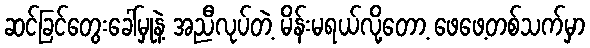
ဆင်ခြင်တွေးခေါ်မှုနဲ့ အညီလုပ်တဲ့ မိန်းမရယ်လို့တော့ ဖေဖေ့တစ်သက်မှာ